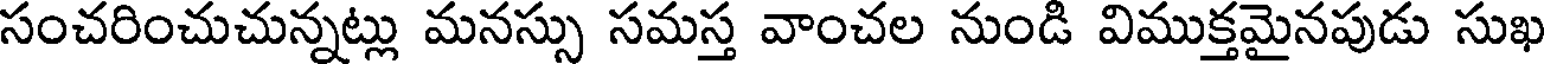
సంచరించుచున్నట్లు మనస్సు సమస్త వాంచల నుండి విముక్తమైనపుడు సుఖ